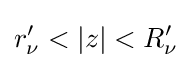
r'_{\nu }<|z|<R'_{\nu }